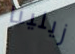
زيلينا